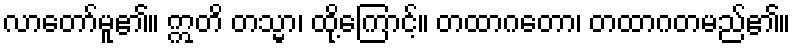
လာတော်မူ၏။ ဣတိ တသ္မာ၊ ထို့ကြောင့်။ တထာဂတော၊ တထာဂတမည်၏။